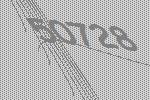
50728